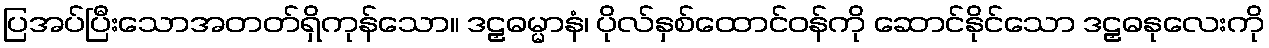
ပြအပ်ပြီးသောအတတ်ရှိကုန်သော။ ဒဠှဓမ္မာနံ၊ ပိုလ်နှစ်ထောင်ဝန်ကို ဆောင်နိုင်သော ဒဠှဓနုလေးကို